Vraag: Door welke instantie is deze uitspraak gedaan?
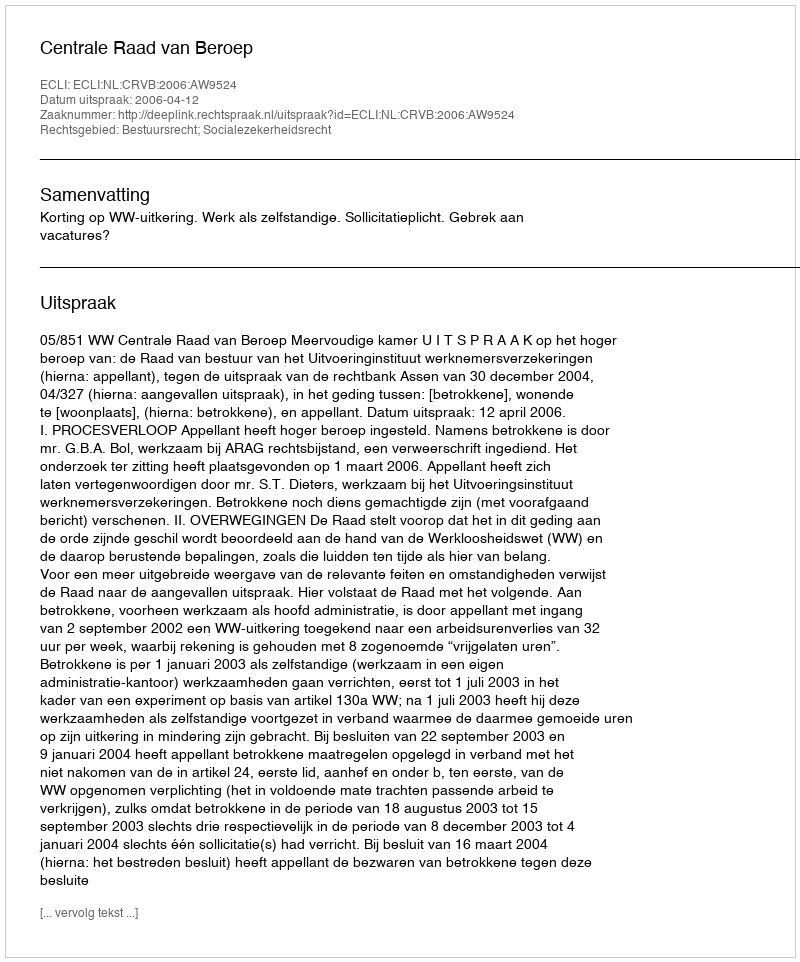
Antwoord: Centrale Raad van Beroep